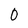
Character: 0